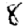
Digit: 8